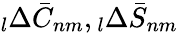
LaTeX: \phantom{}_{l}\Delta\bar{C}_{nm},\phantom{}_{l}\Delta\bar{S}_{nm}